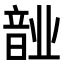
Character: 𬰺